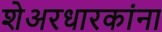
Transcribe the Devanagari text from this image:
शेअरधारकांना